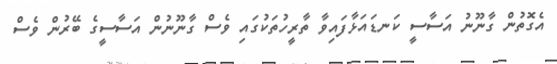
އެގޮތުން ގާނޫނު އަސާސީ ކަނޑައަޅާފައިވާ ތާރީހުތަކުގައި ވެސް ގާނޫނުން އަސާސީގެ ބޭރުން ވެސް